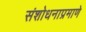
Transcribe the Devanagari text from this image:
संशोधनाप्रमाणे